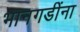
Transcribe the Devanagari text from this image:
भानगडींना